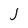
Character: j